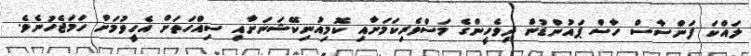
ލައްކަ ފަންސާސް ހާސް ޕައުންޑުން ދިވެހީންގެ މަސްވެރިކަމަށާއި ކޮމިއުނިކޭޝަނަށާއި ސިއްހަތަށް އެހީވުމަށް ހަމަޖެހުނެވެ.